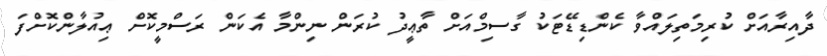
ދާއިރާއަށް ކުރިމަތިލައްވާ ކެންޑިޑޭޓަކު ގާސިމްއަށް ތާޢީދު ކުރަން ނިންމާ އެކަން ރަސްމީކޮށް ޢިއުލާންކޮށްފަ